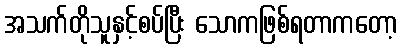
အသက်တိုသူနှင့်စပ်ပြီး သောကဖြစ်ရတာကတော့